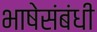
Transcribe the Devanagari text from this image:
भाषेसंबंधी